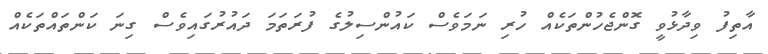
އާތިފު ވިދާޅުވީ ގޮންޖެހުންތަކެއް ހުރި ނަމަވެސް ކައުންސިލުގެ ފުރަތަމަ ދައުރުގައިވެސް ގިނަ ކަންތައްތަކެއް